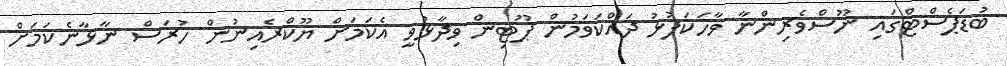
ބުޑަޕެސްޓްގައި ނޫސްވެރިންނާ ވާހަކަފުޅު ދައްކަވަމުން ޕޫޓިން ވިދާޅުވީ އެކަމަށް ޔޫކްރެއިނުން ހުރަސް ނާޅާނެކަމަށް